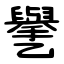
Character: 㐦